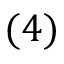
( 4 )